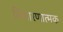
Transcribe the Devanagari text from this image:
विचारणात्मक